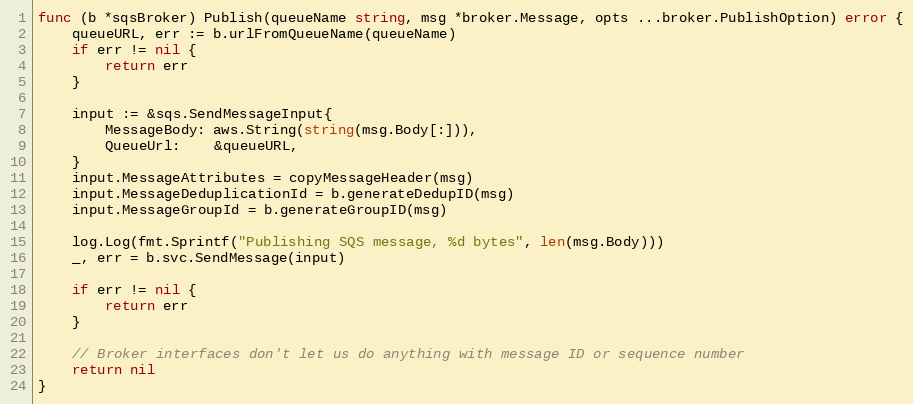
Language: Go
func (b *sqsBroker) Publish(queueName string, msg *broker.Message, opts ...broker.PublishOption) error {
	queueURL, err := b.urlFromQueueName(queueName)
	if err != nil {
		return err
	}

	input := &sqs.SendMessageInput{
		MessageBody: aws.String(string(msg.Body[:])),
		QueueUrl:    &queueURL,
	}
	input.MessageAttributes = copyMessageHeader(msg)
	input.MessageDeduplicationId = b.generateDedupID(msg)
	input.MessageGroupId = b.generateGroupID(msg)

	log.Log(fmt.Sprintf("Publishing SQS message, %d bytes", len(msg.Body)))
	_, err = b.svc.SendMessage(input)

	if err != nil {
		return err
	}

	// Broker interfaces don't let us do anything with message ID or sequence number
	return nil
}